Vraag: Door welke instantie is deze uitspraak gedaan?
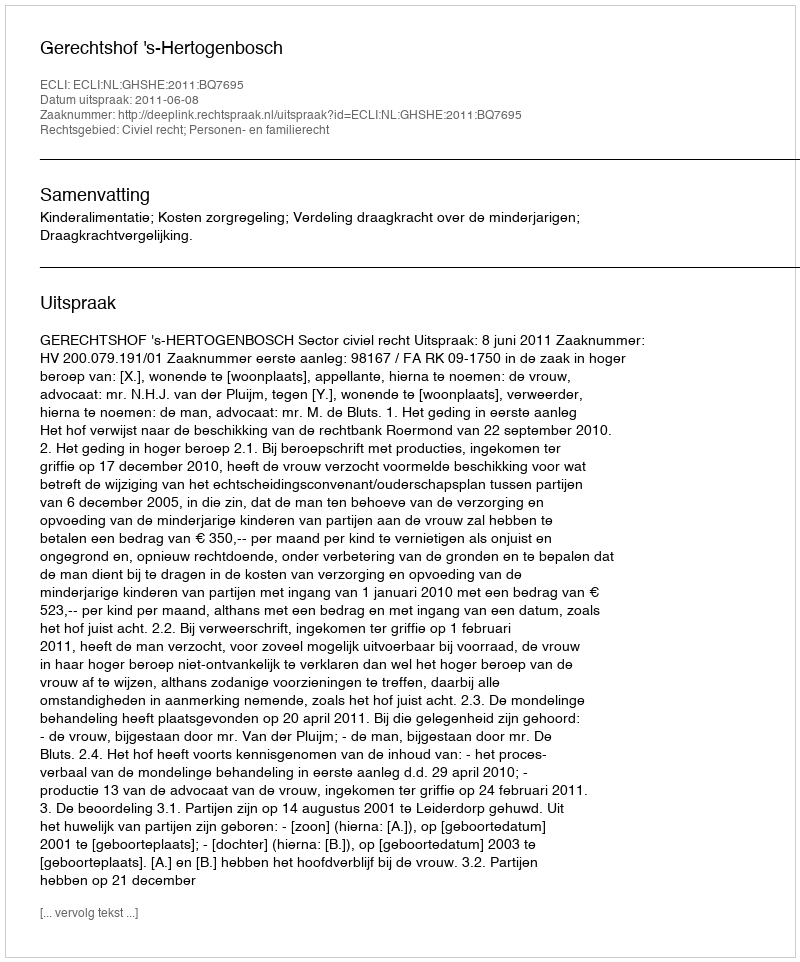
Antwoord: Gerechtshof 's-Hertogenbosch